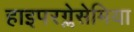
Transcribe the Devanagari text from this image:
हाइपरग्लेसेमिया